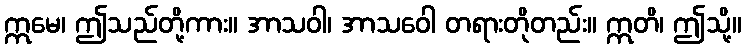
ဣမေ၊ ဤသည်တို့ကား။ အာသဝါ၊ အာသဝေါ တရားတိုတည်း။ ဣတိ၊ ဤသို့။